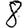
Digit: 8